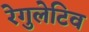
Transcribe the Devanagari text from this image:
रेगुलेटिव